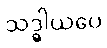
သဒ္ဓါယပေ